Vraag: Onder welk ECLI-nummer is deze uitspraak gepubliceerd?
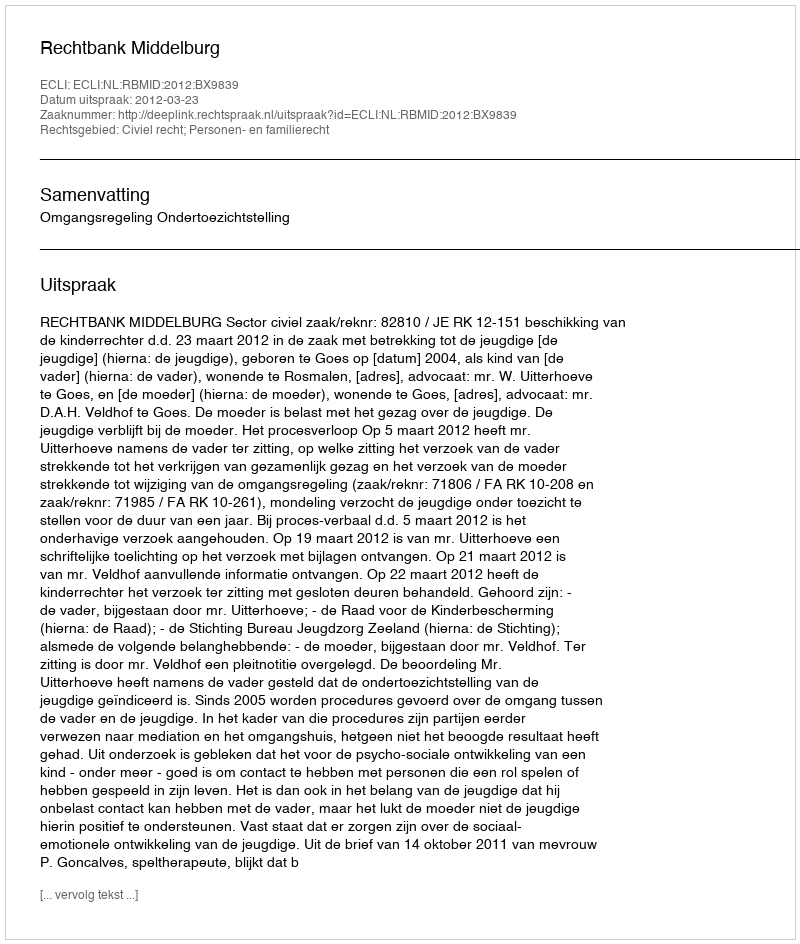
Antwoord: ECLI:NL:RBMID:2012:BX9839